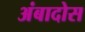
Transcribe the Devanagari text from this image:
अंबादोस